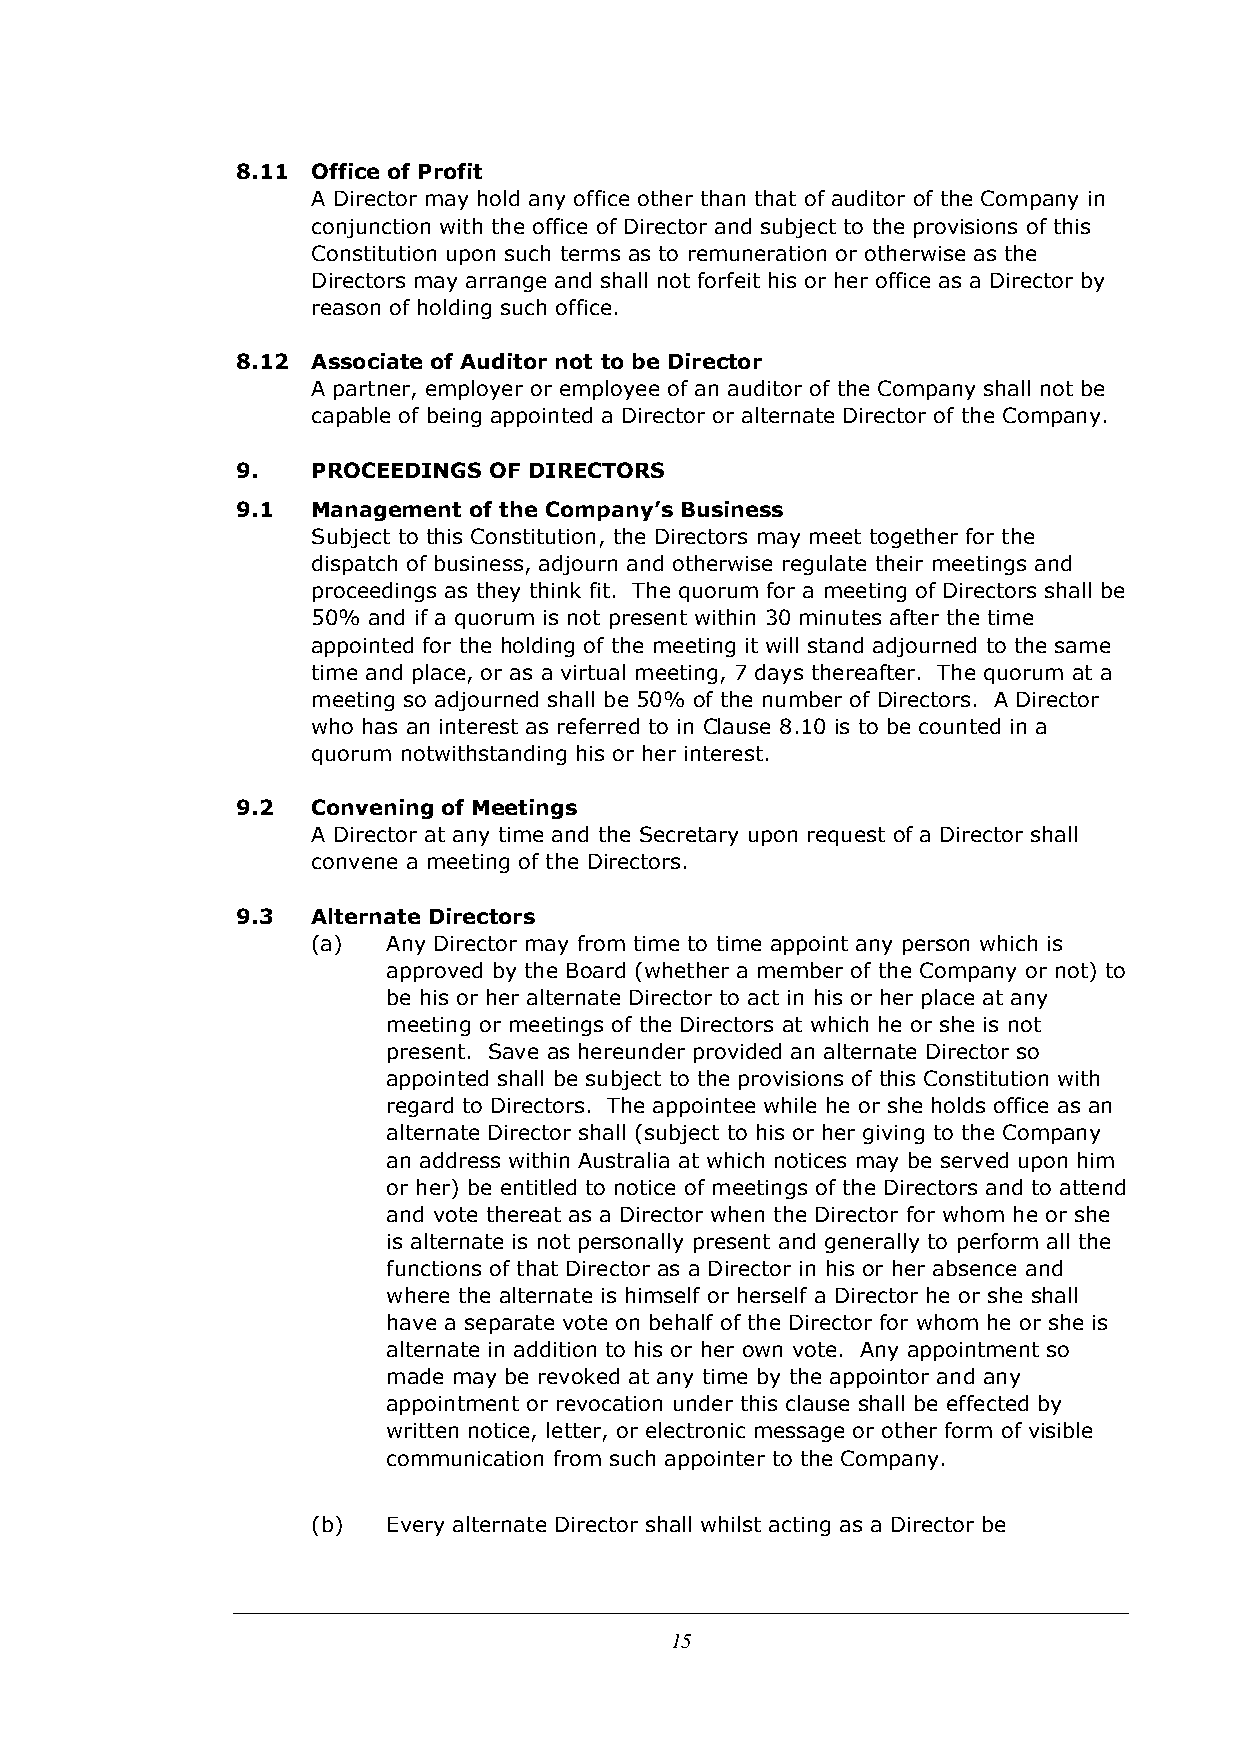
8.11 Office of Profit
 A Director may hold any office other than that of auditor of the Company in
 conjunction with the office of Director and subject to the provisions of this
 Constitution upon such terms as to remuneration or otherwise as the
 Directors may arrange and shall not forfeit his or her office as a Director by
 reason of holding such office.
 8.12 Associate of Auditor not to be Director
 A partner, employer or employee of an auditor of the Company shall not be
 capable of being appointed a Director or alternate Director of the Company.
 9.   PROCEEDINGS OF DIRECTORS
 9.1  Management of the Company’s Business
 Subject to this Constitution, the Directors may meet together for the
 dispatch of business, adjourn and otherwise regulate their meetings and
 proceedings as they think fit. The quorum for a meeting of Directors shall be
 50% and if a quorum is not present within 30 minutes after the time
 appointed for the holding of the meeting it will stand adjourned to the same
 time and place, or as a virtual meeting, 7 days thereafter. The quorum at a
 meeting so adjourned shall be 50% of the number of Directors. A Director
 who has an interest as referred to in Clause 8.10 is to be counted in a
 quorum notwithstanding his or her interest.
 9.2  Convening of Meetings
 A Director at any time and the Secretary upon request of a Director shall
 convene a meeting of the Directors.
 9.3  Alternate Directors
 (a)  Any Director may from time to time appoint any person which is
 approved by the Board (whether a member of the Company or not) to
 be his or her alternate Director to act in his or her place at any
 meeting or meetings of the Directors at which he or she is not
 present. Save as hereunder provided an alternate Director so
 appointed shall be subject to the provisions of this Constitution with
 regard to Directors. The appointee while he or she holds office as an
 alternate Director shall (subject to his or her giving to the Company
 an address within Australia at which notices may be served upon him
 or her) be entitled to notice of meetings of the Directors and to attend
 and vote thereat as a Director when the Director for whom he or she
 is alternate is not personally present and generally to perform all the
 functions of that Director as a Director in his or her absence and
 where the alternate is himself or herself a Director he or she shall
 have a separate vote on behalf of the Director for whom he or she is
 alternate in addition to his or her own vote. Any appointment so
 made may be revoked at any time by the appointor and any
 appointment or revocation under this clause shall be effected by
 written notice, letter, or electronic message or other form of visible
 communication from such appointer to the Company.
 (b)  Every alternate Director shall whilst acting as a Director be
 15